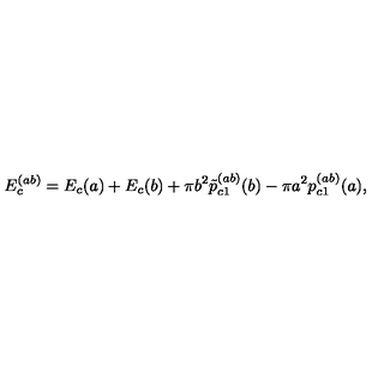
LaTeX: E _ { c } ^ { ( a b ) } = E _ { c } ( a ) + E _ { c } ( b ) + \pi b ^ { 2 } \tilde { p } _ { c 1 } ^ { ( a b ) } ( b ) - \pi a ^ { 2 } p _ { c 1 } ^ { ( a b ) } ( a ) ,